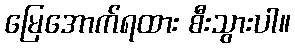
မြေအောက်ရထား စီးသွားပါ။